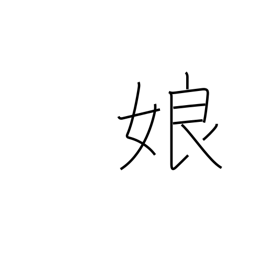
Meaning: girl